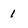
Character: 1